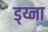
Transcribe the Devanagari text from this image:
ड्य्ना